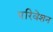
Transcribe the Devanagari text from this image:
परिवेशन